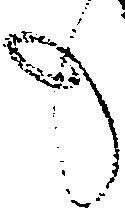
も